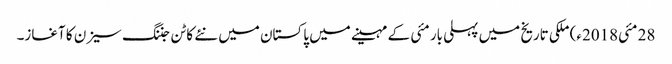
28 مئی2018ء) ملکی تاریخ میں پہلی بار مئی کے مہینے میں پاکستان میں نئے کاٹن جننگ سیزن کا آغاز۔